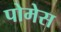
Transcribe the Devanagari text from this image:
पोमेस